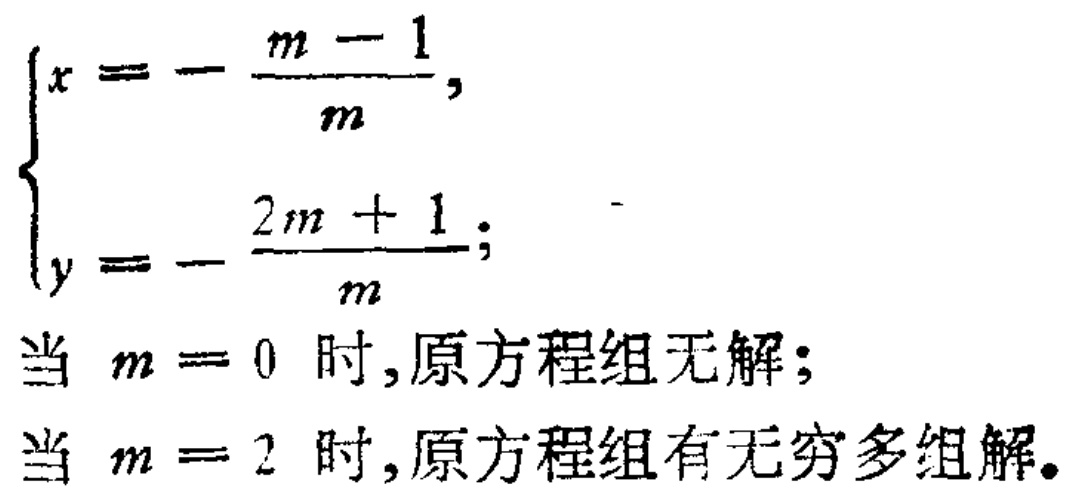
\[
\begin{cases}
x = - \frac{m - 1}{m}, \\
y = - \frac{2m + 1}{m};
\end{cases}
\]
当 \(m = 0\) 时,原方程组无解；
当 \(m = 2\) 时,原方程组有无穷多组解。